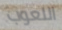
اللعوب